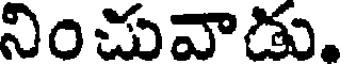
నించువాడు.